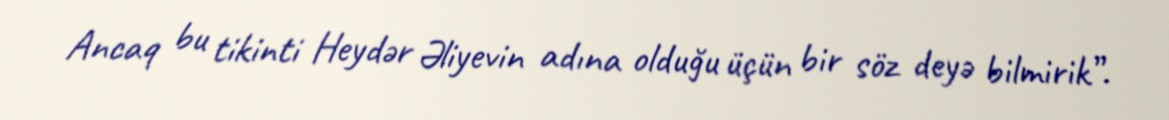
Ancaq bu tikinti Heydər Əliyevin adına olduğu üçün bir söz deyə bilmirik”.